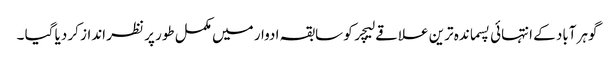
گوہر آباد کے انتہائی پسماندہ ترین علاقے لیچر کو سابقہ ادوار میں مکمل طور پر نظر انداز کر دیا گیا ۔